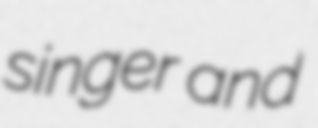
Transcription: singer and